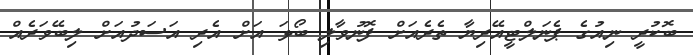
ބޮކުރީ ނިއުގެ ޕެނަލްޓީއޭރިޔާ ތެރެއަށް ފޮނުވާލި ބޯޅަ އަށް އެރި އަސަދުއަށް ލިބޭވަރެއް